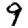
Digit: 9